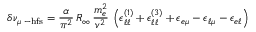
\delta \nu _ { \mu \mathrm { \scriptsize ~ - h f s } } = \frac { \alpha } { \pi ^ { 2 } } \, R _ { \infty } \, \frac { m _ { e } ^ { 2 } } { v ^ { 2 } } \, \left( \epsilon _ { \ell \ell } ^ { ( 1 ) } + \epsilon _ { \ell \ell } ^ { ( 3 ) } + \epsilon _ { e \mu } - \epsilon _ { \ell \mu } - \epsilon _ { e \ell } \right)